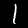
Digit: 1